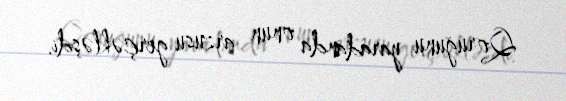
Qoruğunu yaradanda onun arzusu gerçəkləşdi.